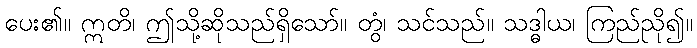
ပေး၏။ ဣတိ၊ ဤသို့ဆိုသည်ရှိသော်။ တွံ၊ သင်သည်။ သဒ္ဓါယ၊ ကြည်ညို၍။